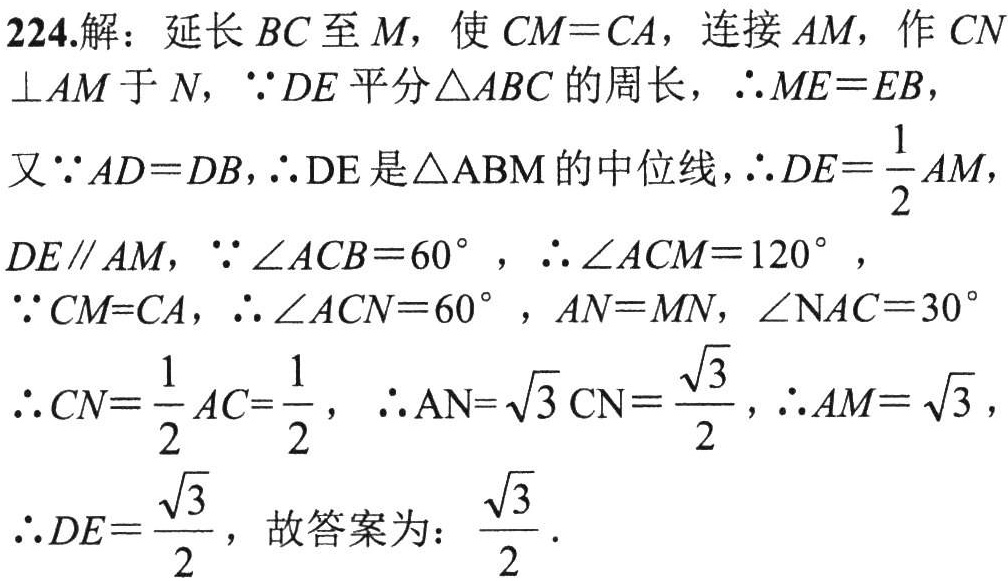
224.解：延长 \(BC\) 至 \(M\)，使 \(CM = CA\)，连接 \(AM\)，作 \(CN\perp AM\) 于 \(N\)，\(\because DE\) 平分 \(\triangle ABC\) 的周长，\(\therefore ME = EB\)，
又 \(\because AD = DB\)，\(\therefore DE\) 是 \(\triangle ABM\) 的中位线，\(\therefore DE=\frac{1}{2}AM\)，
\(DE\parallel AM\)，\(\because \angle ACB = 60^{\circ}\)，\(\therefore \angle ACM = 120^{\circ}\)，
\(\because CM = CA\)，\(\therefore \angle ACN = 60^{\circ}\)，\(AN = MN\)，\(\angle NAC = 30^{\circ}\)
\(\therefore CN=\frac{1}{2}AC=\frac{1}{2}\)，\(\therefore AN = \sqrt{3}CN=\frac{\sqrt{3}}{2}\)，\(\therefore AM=\sqrt{3}\)，
\(\therefore DE=\frac{\sqrt{3}}{2}\)，故答案为：\(\frac{\sqrt{3}}{2}\)．